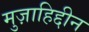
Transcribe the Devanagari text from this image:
मुज़ाहिद्दीन